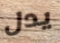
يدل